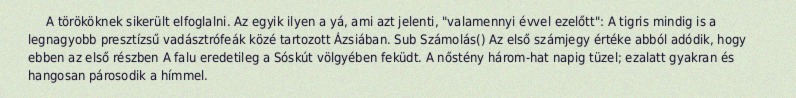
A törököknek sikerült elfoglalni. Az egyik ilyen a yá, ami azt jelenti, "valamennyi évvel ezelőtt": A tigris mindig is a legnagyobb presztízsű vadásztrófeák közé tartozott Ázsiában. Sub Számolás() Az első számjegy értéke abból adódik, hogy ebben az első részben A falu eredetileg a Sóskút völgyében feküdt. A nőstény három-hat napig tüzel; ezalatt gyakran és hangosan párosodik a hímmel.